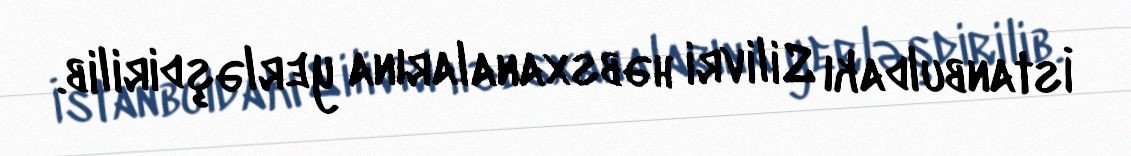
İstanbuldakı Silivri həbsxanalarına yerləşdirilib.